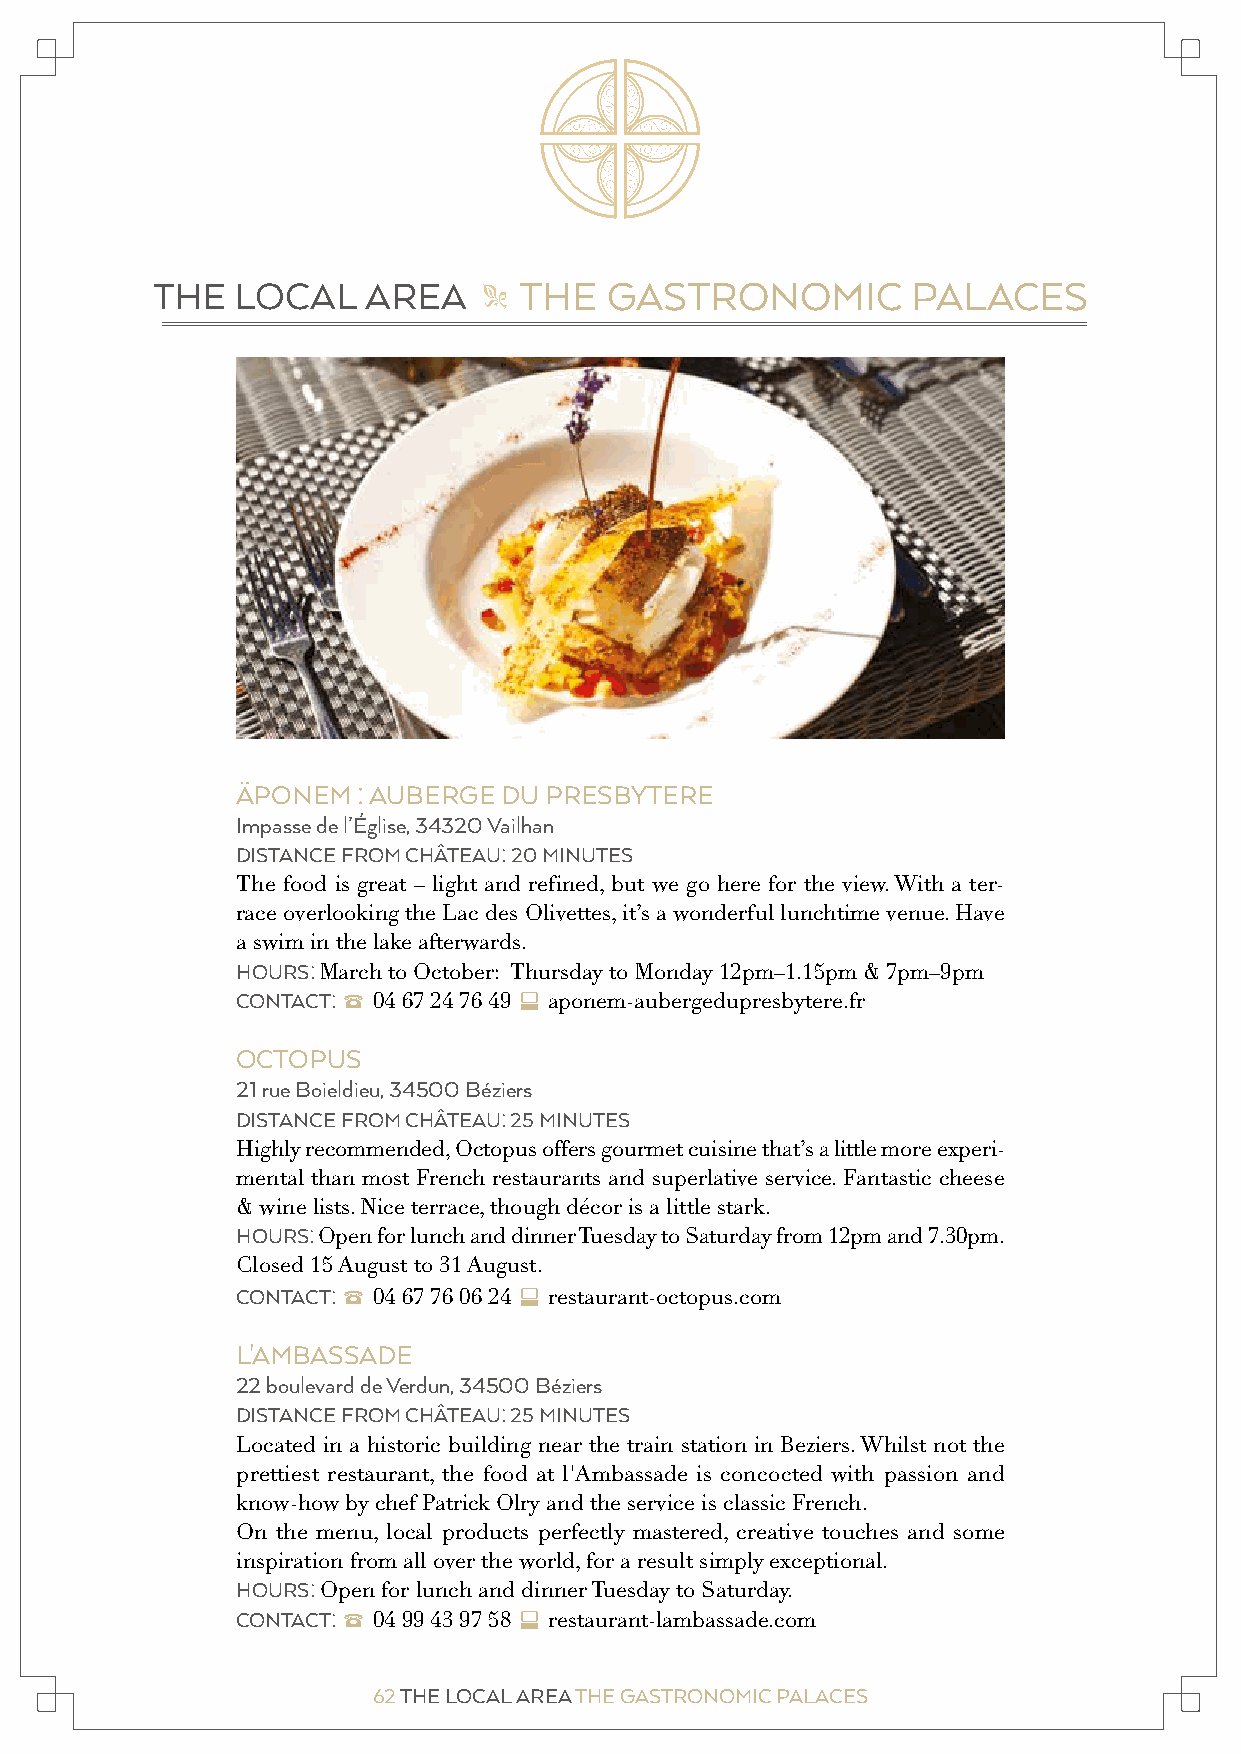
THE   LOCAL   AREA      THE   GASTRONOMIC         PALACES
 "
 ÄPONEM  : AUBERGE DU PRESBYTERE
 Impasse de l’Église, 34320 Vailhan
 DISTANCE FROM CHÂTEAU: 20 MINUTES
 The food is great – light and refined, but we go here for the view. With a ter-
 race overlooking the Lac des Olivettes, it’s a wonderful lunchtime venue. Have
 a swim in the lake afterwards.
 HOURS: March to October: Thursday to Monday 12pm–1.15pm & 7pm–9pm
 CONTACT: 2 04 67 24 76 49 c aponem-aubergedupresbytere.fr
 OCTOPUS
 21 rue Boieldieu, 34500 Béziers
 DISTANCE FROM CHÂTEAU: 25 MINUTES
 Highly recommended, Octopus offers gourmet cuisine that’s a little more experi-
 mental than most French restaurants and superlative service. Fantastic cheese
 & wine lists. Nice terrace, though décor is a little stark.
 HOURS: Open for lunch and dinner Tuesday to Saturday from 12pm and 7.30pm.
 Closed 15 August to 31 August.
 CONTACT: 2 04 67 76 06 24 c restaurant-octopus.com
 L'AMBASSADE
 22 boulevard de Verdun, 34500 Béziers
 DISTANCE FROM CHÂTEAU: 25 MINUTES
 Located in a historic building near the train station in Beziers. Whilst not the
 prettiest restaurant, the food at l'Ambassade is concocted with passion and
 know-how by chef Patrick Olry and the service is classic French.
 On the menu, local products perfectly mastered, creative touches and some
 inspiration from all over the world, for a result simply exceptional.
 HOURS: Open for lunch and dinner Tuesday to Saturday.
 CONTACT: 2 04 99 43 97 58 c restaurant-lambassade.com
 62 THE LOCAL AREA THE GASTRONOMIC PALACES